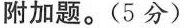
附加题。(5分)